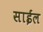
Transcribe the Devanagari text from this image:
साईल